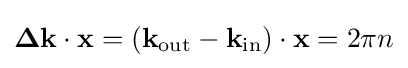
\mathbf {\Delta k} \cdot \mathbf {x} =(\mathbf {k} _{\mathrm {out} }-\mathbf {k} _{\mathrm {in} })\cdot \mathbf {x} =2\pi n